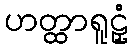
ဟတ္ထာရူဠှံ